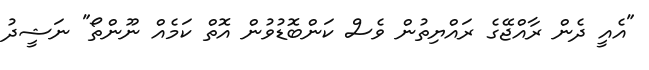
"އެއީ ދެން ރާއްޖޭގެ ރައްޔިތުން ވެސް ކަންބޮޑުވުން އޮތް ކަމެއް ނޫންތޯ" ނަޝީދު